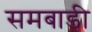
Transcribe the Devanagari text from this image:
समबाडी